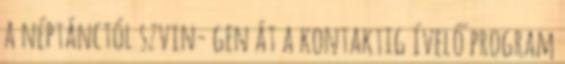
a néptánctól szvin- gen át a kontaktig ívelő program